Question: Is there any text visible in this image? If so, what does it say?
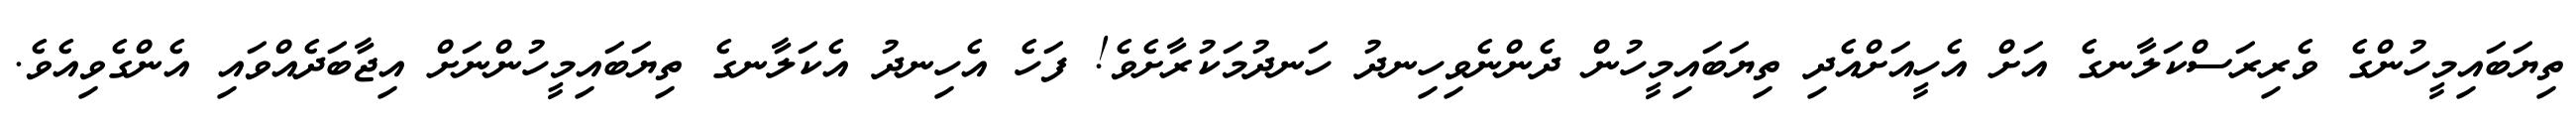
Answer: ތިޔަބައިމީހުންގެ ވެރިރަސްކަލާނގެ އަށް އެހީއަށްއެދި ތިޔަބައިމީހުން ދެންނެވިހިނދު ހަނދުމަކުރާށެވެ! ފަހެ އެހިނދު އެކަލާނގެ ތިޔަބައިމީހުންނަށް އިޖާބަދެއްވައި އެންގެވިއެވެ.